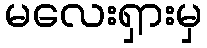
မလေးရှားမှ